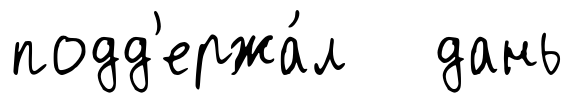
подд'ержа́л дань